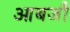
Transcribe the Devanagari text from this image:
आबजौ